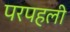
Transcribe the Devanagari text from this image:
परपहली